Report of the King Institute of Preventive Medicine, Guindy
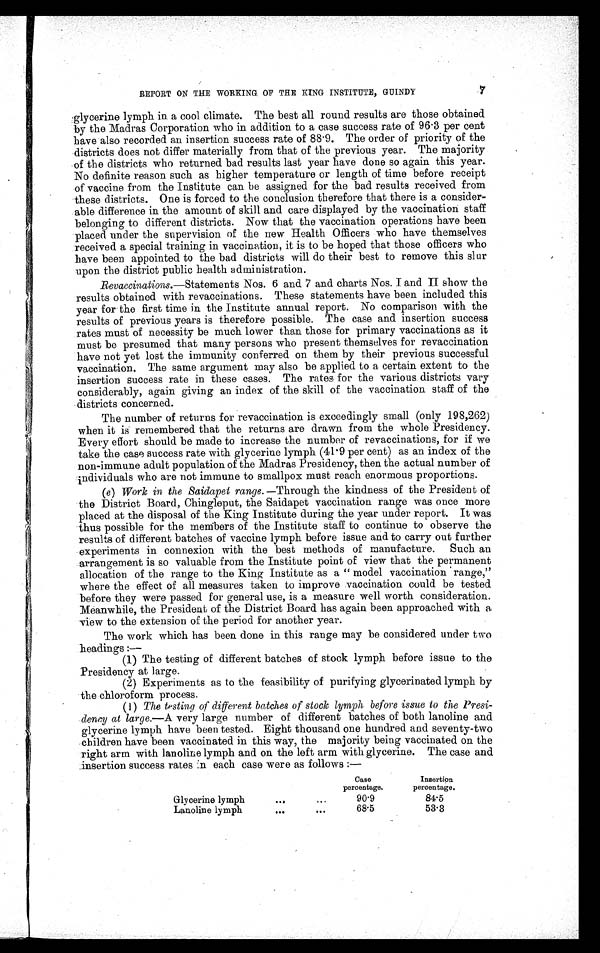
REPORT ON THE WORKING OF THE KING INSTITUTE, GUINDY
7
glycerine lymph in a cool climate. The best all round results are those obtained
by the Madras Corporation who in addition to a case success rate of 96.3 per cent
have also recorded an insertion success rate of 88.9. The order of priority of the
districts does not differ materially from that of the previous year. The majority
of the districts who returned bad results last year have done so again this year.
No definite reason such as higher temperature or length of time before receipt
of vaccine from the Institute can be assigned for the bad results received from
these districts. One is forced to the conclusion therefore that there is a consider-
able difference in the amount of skill and care displayed by the vaccination staff
belonging to different districts. Now that the vaccination operations have been
placed under the supervision of the new Health Officers who have themselves
received a special training in vaccination, it is to be hoped that those officers who
have been appointed to the bad districts will do their best to remove this slur
upon the district public health administration.
Revaccinations. —Statements Nos. 6 and 7 and charts Nos. I and II show the
results obtained with revaccinations. These statements have been included this
year for the first time in the Institute annual report. No comparison with the
results of previous years is therefore possible. The case and insertion success
rates must of necessity be much lower than those for primary vaccinations as it
must be presumed that many persons who present themselves for revaccination
have not yet lost the immunity conferred on them by their previous successful
vaccination. The same argument may also be applied to a certain extent to the
insertion success rate in these cases. The rates for the various districts vary
considerably, again giving an index of the skill of the vaccination staff of the
districts concerned.
The number of returns for revaccination is exceedingly small (only 198,262)
when it is remembered that the returns are drawn from the whole Presidency.
Every effort should be made to increase the number of revaccinations, for if we
take the case success rate with glycerine lymph (41.9 per cent) as an index of the
non-immune adult population of the Madras Presidency, then the actual number of
individuals who are not immune to smallpox must reach enormous proportions.
(e ) Work in the Saidapet range. —Through the kindness of the President of
the District Board, Chingleput, the Saidapet vaccination range was once more
placed at the disposal of the King Institute during the year under report. It was
thus possible for the members of the Institute staff to continue to observe the
results of different batches of vaccine lymph before issue and to carry out further
experiments in connexion with the best methods of manufacture. Such an
arrangement is so valuable from the Institute point of view that the permanent
allocation of the range to the King Institute as a "model vaccination range,"
where the effect of all measures taken to improve vaccination could be tested
before they were passed for general use, is a measure well worth consideration.
Meanwhile, the President of the District Board has again been approached with a
view to the extension of the period for another year.
The work which has been done in this range may be considered under two
headings :—
(1) The testing of different batches of stock lymph before issue to the
Presidency at large.
(2) Experiments as to the feasibility of purifying glycerinated lymph by
the chloroform process.
(1) The testing of different hatches of stock lymph before issue to the Presi-
dency at large.—A very large number of different batches of both lanoline and
glycerine lymph have been tested. Eight thousand one hundred and seventy-two
children have been vaccinated in this way, the majority being vaccinated on the
right arm with lanoline lymph and on the left arm with glycerine. The case and
insertion success rates in each case were as follows :—
Case
percentage.
Insertion
percentage.
Glycerine lymph
...
. . .
90.9
84.5
Lanoline lymph
...
. . .
68.5
53.3d